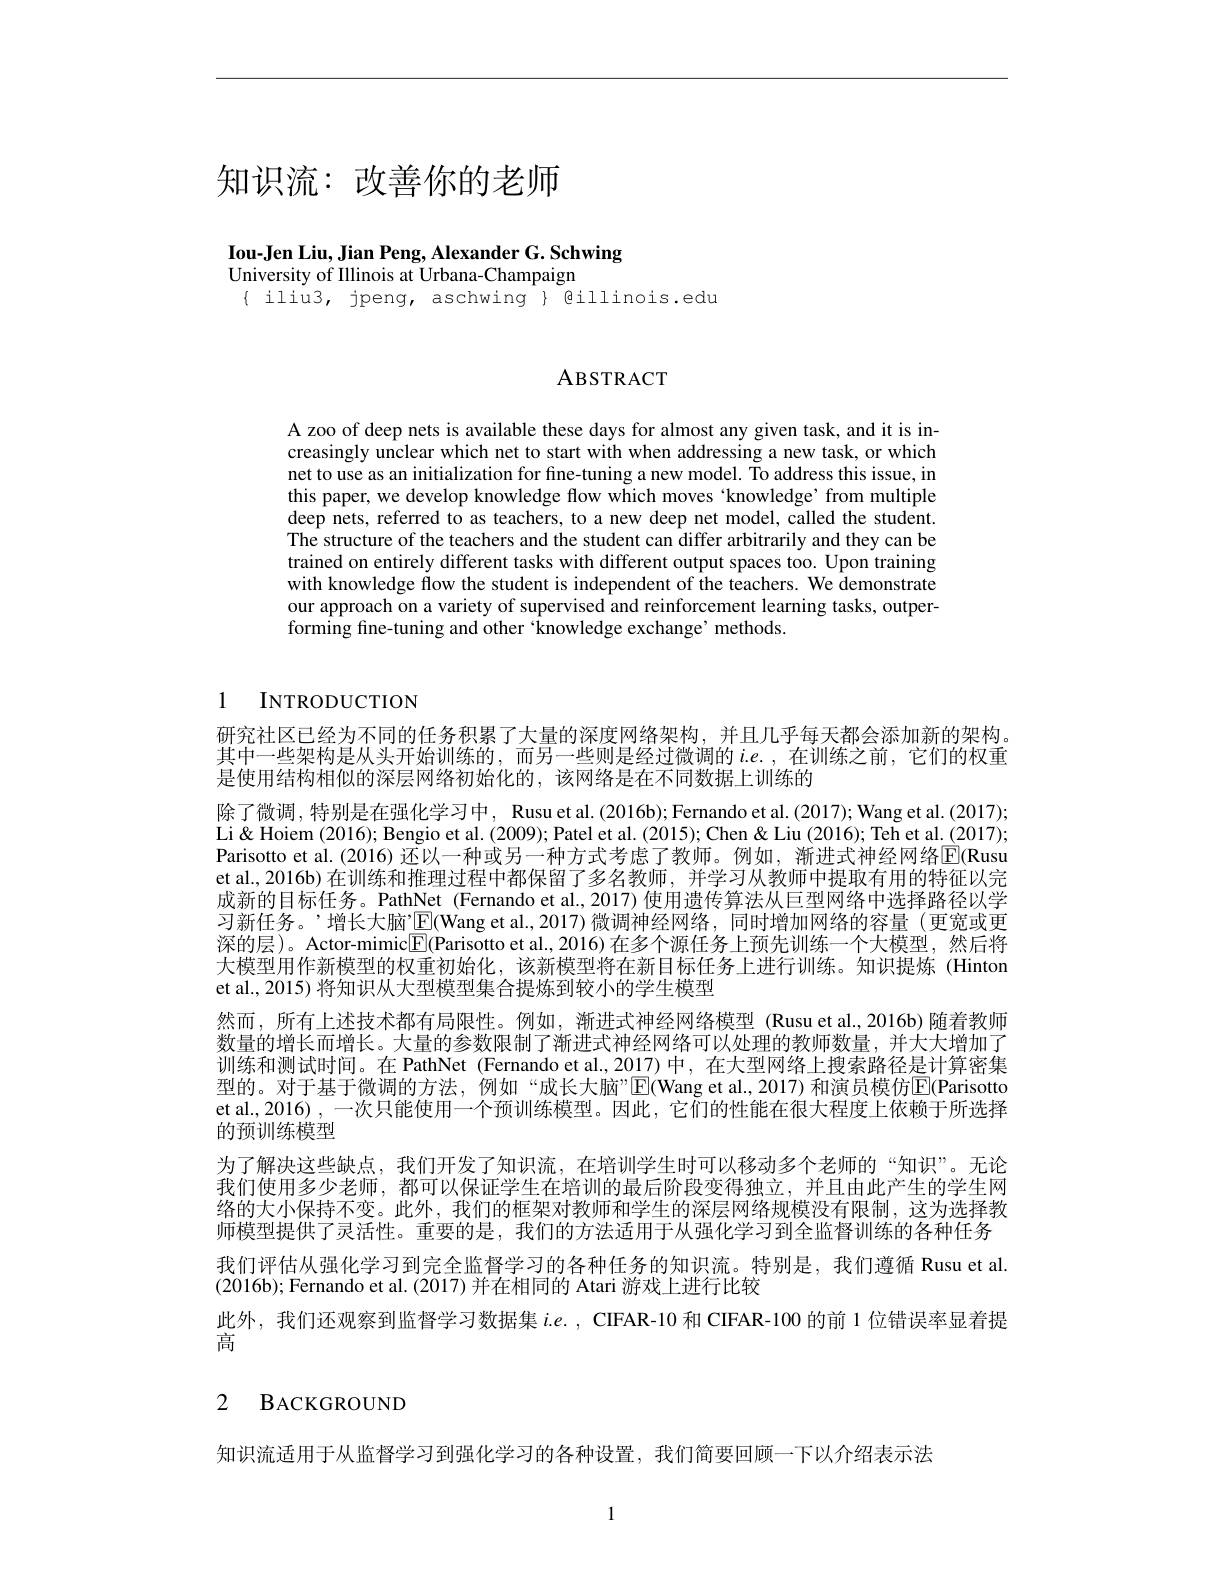
知识流：改善你的老师

Iou-Jen Liu, Jian Peng, Alexander G. Schwing
University of Illinois at Urbana-Champaign
$\{$ iliu3, jpeng, aschwing $\}$ gillinois.edu

## ABSTRACT

A zoo of deep nets is available these days for almost any given task, and it is increasingly unclear which net to start with when addressing a new task, or which net to use as an initialization for fine-tuning a new model. To address this issue, in this paper, we develop knowledge flow which moves 'knowledge' from multiple deep nets, referred to as teachers, to a new deep net model, called the student. The structure of the teachers and the student can differ arbitrarily and they can be trained on entirely different tasks with different output spaces too. Upon training with knowledge flow the student is independent of the teachers. We demonstrate our approach on a variety of supervised and reinforcement learning tasks, outperforming fine-tuning and other $\hat{\text{knowledge exchange'methods.}}$

## 1 INTRODUCTION

研究社区已经为不同的任务积累了大量的深度网络架构，并且几乎每天都会添加新的架构。其中一些架构是从头开始训练的，而另一些则是经过微调的$i.e.$,在训练之前，它们的权重是使用结构相似的深层网络初始化的，该网络是在不同数据上训练的
除了微调，特别是在强化学习中，Rusu et al.(2016b); Fernando et al.(2017); Wang et al.(2017); Li& Hoiem (2016); Bengio et al. (2009); Patel et al. (2015); Chen & Liu (2016); Teh et al. (2017); Parisotto et al. (2016) 还以一种或另一种方式考虑了教师。例如，渐进式神经网络$\color{red}{E}$(Rusu et al., 2016b) 在训练和推理过程中都保留了多名教师，并学习从教师中提取有用的特征以完成新的目标任务。PathNet (Fernando et al., 2017) 使用遗传算法从巨型网络中选择路径以学习新任务。’增长大脑’$\mathbb{E}($Wang et al.,2017)微调神经网络，同时增加网络的容量(更宽或更深的层)。Actor-mimic$\underline{\mathrm{E}}($Parisotto et al.,2016) 在多个源任务上预先训练一个大模型，然后将大模型用作新模型的权重初始化，该新模型将在新目标任务上进行训练。知识提炼(Hinton et al., 2015) 将知识从大型模型集合提炼到较小的学生模型
然而，所有上述技术都有局限性。例如，渐进式神经网络模型 (Rusu et al.,2016b)随着教师数量的增长而增长。大量的参数限制了渐进式神经网络可以处理的教师数量，并大大增加了训练和测试时间。在 PathNet (Fernando et al.,2017)中，在大型网络上搜索路径是计算密集型的。对于基于微调的方法，例如“成长大脑”$\operatorname{E}($Wang et al.,2017)和演员模仿$\operatorname{E}($Parisotto et al., 2016) , 一次只能使用一个预训练模型。因此，它们的性能在很大程度上依赖于所选择的预训练模型
为了解决这些缺点，我们开发了知识流，在培训学生时可以移动多个老师的“知识”。无论我们使用多少老师，都可以保证学生在培训的最后阶段变得独立，并且由此产生的学生网络的大小保持不变。此外，我们的框架对教师和学生的深层网络规模没有限制，这为选择教师模型提供了灵活性。重要的是，我们的方法适用于从强化学习到全监督训练的各种任务我们评估从强化学习到完全监督学习的各种任务的知识流。特别是，我们遵循 Rusu et al. (2016b); Fernando et al. (2017) 并在相同的 Atari 游戏上进行比较
此外，我们还观察到监督学习数据集$i.e.$, CIFAR-10 和 CIFAR-100 的前 1 位错误率显着提
高
2 BACKGROUND

知识流适用于从监督学习到强化学习的各种设置，我们简要回顾一下以介绍表示法

1